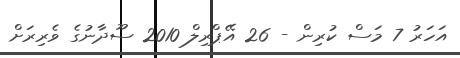
އަހަރު 7 މަސް ކުރިން - 26 އޭޕްރިލް 2010 ސޫދާނުގެ ވެރިރަށް